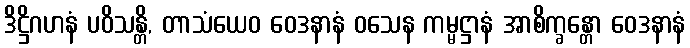
ဒိဋ္ဌိဂဟနံ ပဝိသန္တိ, တာသံယေဝ ဝေဒနာနံ ဝသေန ကမ္မဋ္ဌာနံ အာစိက္ခန္တော ဝေဒနာနံ